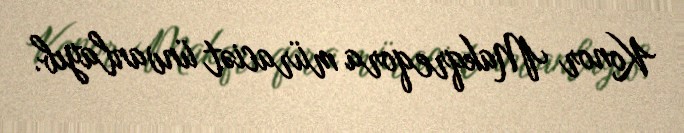
Konor Makqreqora müraciət ünvanlayıb.